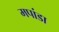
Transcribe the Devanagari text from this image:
मपांडा